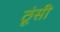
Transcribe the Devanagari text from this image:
ठूंसी